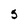
Character: 5